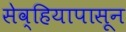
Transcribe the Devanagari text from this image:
सेव्हियापासून